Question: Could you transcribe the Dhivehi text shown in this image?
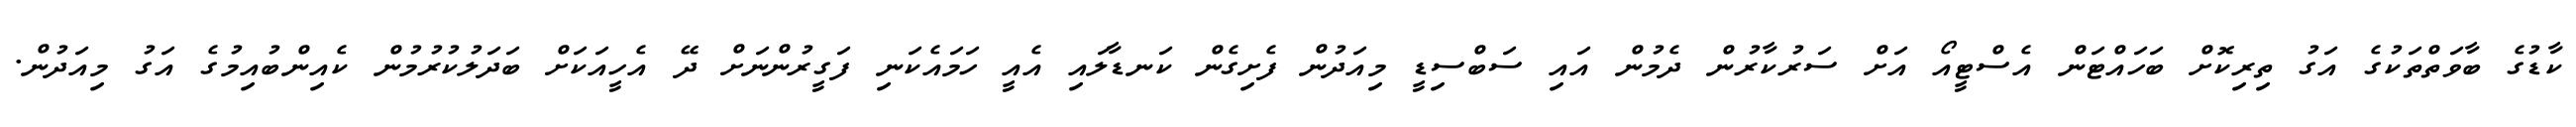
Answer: ކާޑުގެ ބާވަތްތަކުގެ އަގު ތިރިކޮށް ބަހައްޓަން އެސްޓީއޯ އަށް ސަރުކާރުން ދެމުން އައި ސަބްސިޑީ މިއަދުން ފެށިގެން ކަނޑާލައި އެއީ ހަމައެކަނި ފަގީރުންނަށް ދޭ އެހީއަކަށް ބަދަލުކުރުމުން ކެއިންބުއިމުގެ އަގު މިއަދުން.